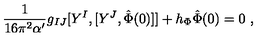
\frac { 1 } { 1 6 \pi ^ { 2 } \alpha ^ { \prime } } g _ { I J } [ Y ^ { I } , [ Y ^ { J } , \hat { \Phi } ( 0 ) ] ] + h _ { \Phi } \hat { \Phi } ( 0 ) = 0 \ ,